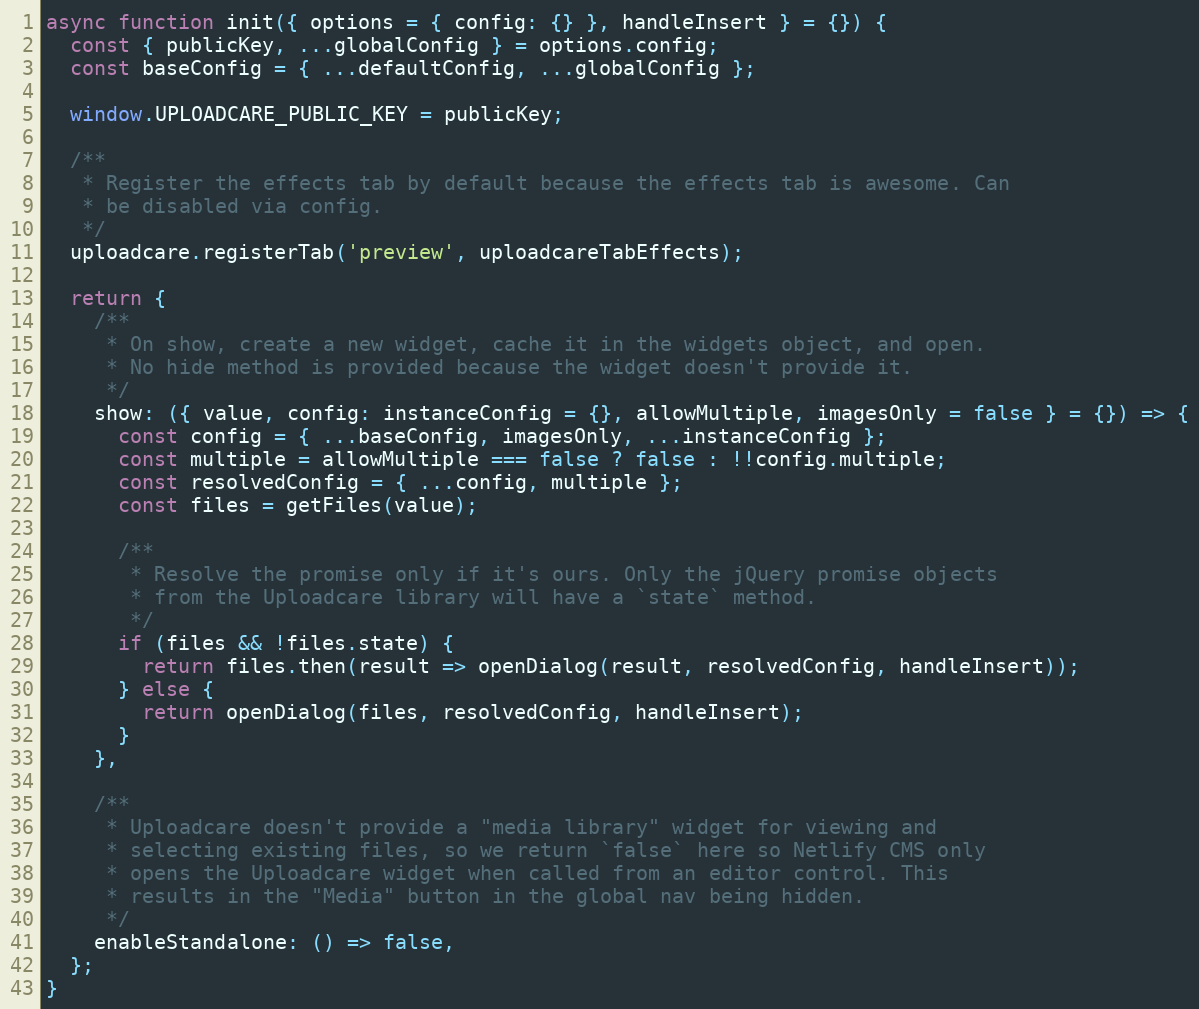
Language: JavaScript
async function init({ options = { config: {} }, handleInsert } = {}) {
  const { publicKey, ...globalConfig } = options.config;
  const baseConfig = { ...defaultConfig, ...globalConfig };

  window.UPLOADCARE_PUBLIC_KEY = publicKey;

  /**
   * Register the effects tab by default because the effects tab is awesome. Can
   * be disabled via config.
   */
  uploadcare.registerTab('preview', uploadcareTabEffects);

  return {
    /**
     * On show, create a new widget, cache it in the widgets object, and open.
     * No hide method is provided because the widget doesn't provide it.
     */
    show: ({ value, config: instanceConfig = {}, allowMultiple, imagesOnly = false } = {}) => {
      const config = { ...baseConfig, imagesOnly, ...instanceConfig };
      const multiple = allowMultiple === false ? false : !!config.multiple;
      const resolvedConfig = { ...config, multiple };
      const files = getFiles(value);

      /**
       * Resolve the promise only if it's ours. Only the jQuery promise objects
       * from the Uploadcare library will have a `state` method.
       */
      if (files && !files.state) {
        return files.then(result => openDialog(result, resolvedConfig, handleInsert));
      } else {
        return openDialog(files, resolvedConfig, handleInsert);
      }
    },

    /**
     * Uploadcare doesn't provide a "media library" widget for viewing and
     * selecting existing files, so we return `false` here so Netlify CMS only
     * opens the Uploadcare widget when called from an editor control. This
     * results in the "Media" button in the global nav being hidden.
     */
    enableStandalone: () => false,
  };
}